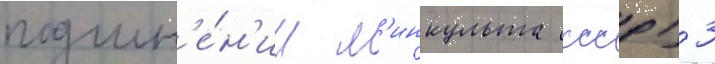
подчин'е́н'ии м'инкульта ссср) 3